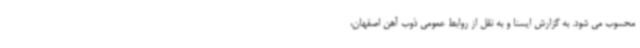
محسوب می شود. به گزارش ایسنا و به نقل از روابط عمومی ذوب آهن اصفهان،